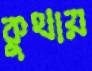
কুথায়